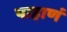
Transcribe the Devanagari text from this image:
पाहाणं